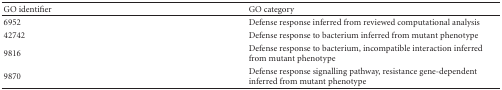
| GO identifier | GO category |
 | --- | --- |
 | 6952 | Defense response inferred from reviewed computational analysis |
 | 42742 | Defense response to bacterium inferred from mutant phenotype |
 | 9816 | Defense response to bacterium, incompatible interaction inferred from mutant phenotype |
 | 9870 | Defense response signalling pathway, resistance gene-dependent inferred from mutant phenotype |